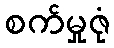
စက်မှုဇုံ